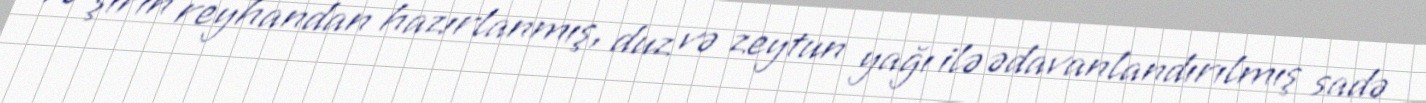
və şirin reyhandan hazırlanmış, duz və zeytun yağı ilə ədavanlandırılmış sadə